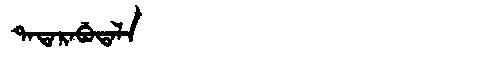
Manchu: ᡨᠠᡨᠠᡵᠠᠪᡠᡨᠠᠯᠠ
Romanization: TATARABUTALA